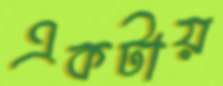
একটায়